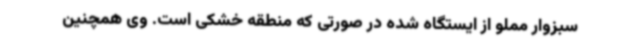
سبزوار مملو از ایستگاه شده در صورتی‌ که منطقه خشکی است. وی همچنین